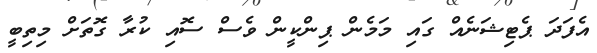
އެފަދަ ޕެޓިޝަނެއް ގައި މަމެން ޕިންކީން ވެސް ސޮއި ކުރާ ގޮތަށް މިތިބީ